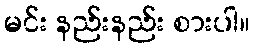
မင်း နည်းနည်း စားပါ။